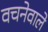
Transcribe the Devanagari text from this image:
वचनेवाले